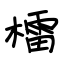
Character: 檑